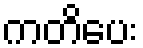
ကတိပေး